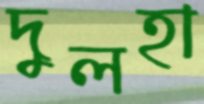
দুলহা